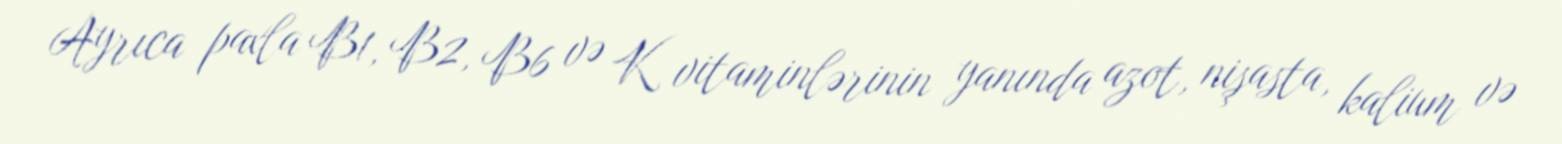
Ayrıca paxla B1, B2, B6 və K vitaminlərinin yanında azot, nişasta, kalium və